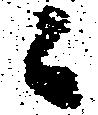
ニ